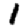
Digit: 1